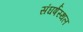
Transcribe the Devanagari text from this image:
संघर्षस्थल